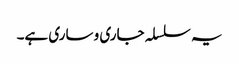
یہ سلسلہ جاری و ساری ہے۔